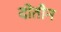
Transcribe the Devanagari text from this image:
दोतीन